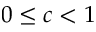
0 \le c < 1